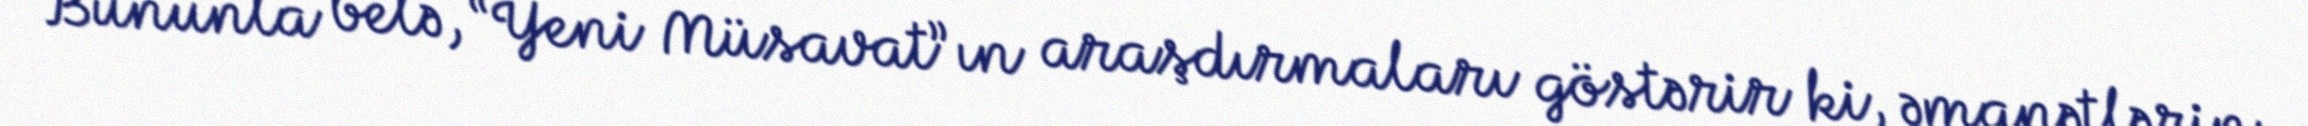
Bununla belə, “Yeni Müsavat”ın araşdırmaları göstərir ki, əmanətlərin